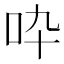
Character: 𠯥